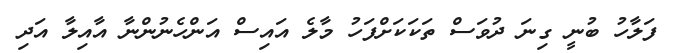
ފަލާހު ބުނީ ގިނަ ދުވަސް ތަކަކަށްފަހު މާލެ އައިސް އަންހެނުންނާ އާއިލާ އަދި